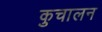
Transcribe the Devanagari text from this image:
कुचालन